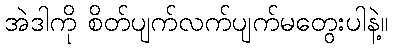
အဲဒါကို စိတ်ပျက်လက်ပျက်မတွေးပါနဲ့။